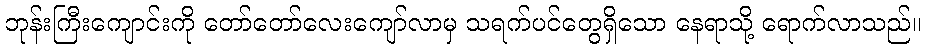
ဘုန်းကြီးကျောင်းကို တော်တော်လေးကျော်လာမှ သရက်ပင်တွေရှိသော နေရာသို့ ရောက်လာသည်။